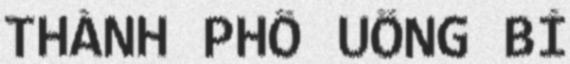
THÀNH PHỐ UÔNG BÍ